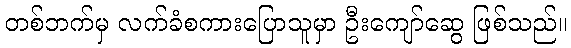
တစ်ဘက်မှ လက်ခံစကားပြောသူမှာ ဦးကျော်ဆွေ ဖြစ်သည်။